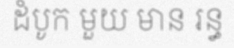
ដំបូក មួយ មាន រន្ធ